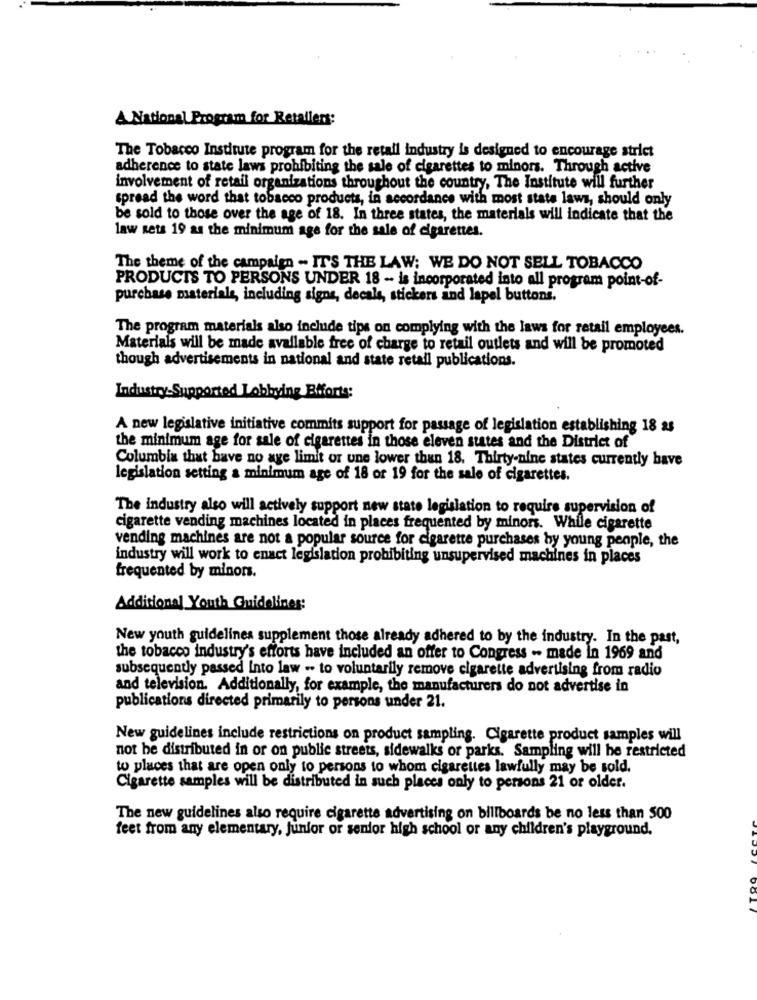
A National Program for Retallers:
The Tobacco Institute program for the retail industry is designed to encourage strict
adherence to state laws prohibiting the sale of cigarettes to minors. Through active
involvement of retail organizations throughout the country, The Institute will further
spread the word that tobacco products, in accordance with most state laws, should only
be sold to those over the age of 18. In three states, the materials will indicate that the
law sets 19 as the minimum age for the sale of cigarettes.
The theme of the campaign - IT'S THE LAW; WE DO NOT SELL TOBACCO
PRODUCTS TO PERSONS UNDER 18 -- is incorporated into all program point-of-
purchase materiale, including signs, decals, stickers ind lapel buttons.
The program materials also include tips on complying with the laws for retail employees.
Materials will be made available free of charge to retail outlets and will be promoted
though advertisements in national and state retail publications.
Industry-Supported Lobbying Biforts:
A new legislative initiative commits support for passage of legislation establishing 18 as
the minimum age for sale of cigarettes in those eleven states and the District of
Columbia that bave no age limit or une lower than 18. Thirty-nine states currently have
legislation setting a minimum age of 18 or 19 for the sale of cigarettes.
The industry also will actively support new state legislation to require supervision of
cigarette vending machines located in places frequented by minors. While cigarette
vending machines are not a popular source for cigarette purchases by young people, the
industry will work to enact legislation prohibiting unsupervised machines in places
frequented by minors.
Additional Youth Guidelines:
New youth guidelines supplement those already adhered to by the industry. In the past,
the tobacco industry's efforts have included an offer to Congress - made in 1969 and
subsequently passed Into law - to voluntarily remove cigarette advertising from radio
and television. Additionally, for example, the manufacturers do not advertise in
publications directed primarily to persons under 21.
New guidelines include restrictions on product sampling. Cigarette product samples will
not be distributed in or on public streets, sidewalks or parks. Sampling will be restricted
to places that are open only to persons to whom cigarettes lawfully may be sold.
Cigarette samples will be distributed in such places only to persons 21 or older.
The new guidelines also require cigarette advertising on billboards be no less than 500
feet from any elementary, Junfor or senior high school or any children's playground.